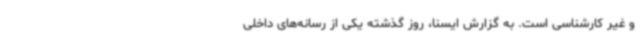
و غیر کارشناسی است. به گزارش ایسنا، روز گذشته یکی از رسانه‌های داخلی